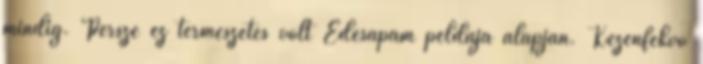
mindig. Persze ez természetes volt Édesapám példája alapján. Kézenfekvő